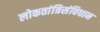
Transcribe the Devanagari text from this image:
लोकतांत्रिसंविधान